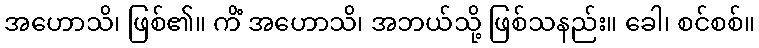
အဟောသိ၊ ဖြစ်၏။ ကိံ အဟောသိ၊ အဘယ်သို့ ဖြစ်သနည်း။ ခေါ၊ စင်စစ်။